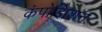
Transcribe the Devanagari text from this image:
कंपोझिशन